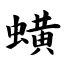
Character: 蟥